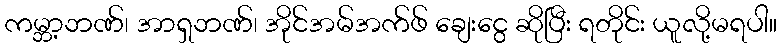
ကမ္ဘာ့ဘဏ်၊ အာရှဘဏ်၊ အိုင်အမ်အက်ဖ် ချေးငွေ ဆိုပြီး ရတိုင်း ယူလို့မရပါ။